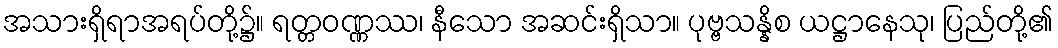
အသားရှိရာအရပ်တို့၌။ ရတ္တဝဏ္ဏဿ၊ နီသော အဆင်းရှိသာ။ ပုဗ္ဗသန္နိစ ယဋ္ဌာနေသု၊ ပြည်တို့၏